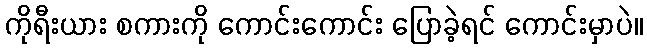
ကိုရီးယား စကားကို ကောင်းကောင်း ပြောခဲ့ရင် ကောင်းမှာပဲ။